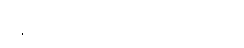
နေထိုင်မကောင်းဖြစ်ကြသည်။